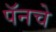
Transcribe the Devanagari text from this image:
पॅनचे